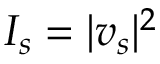
I _ { s } = | v _ { s } | ^ { 2 }